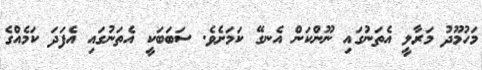
މަހުމޫދު މަރާލީ އެތަނުގައި ނޫންކަން އެނގޭ ކަމަށެވެ. ސަބަބަކީ އެތަނުގައި އެފަދަ ކަމެއްގެ